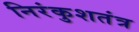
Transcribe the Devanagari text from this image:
निरंकुशतंत्र